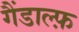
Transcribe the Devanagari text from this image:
गैंडाल्फ़